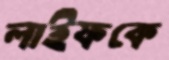
লাইফকে